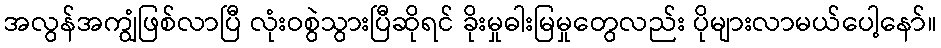
အလွန်အကျွံဖြစ်လာပြီ လုံးဝစွဲသွားပြီဆိုရင် ခိုးမှုဓါးမြမှုတွေလည်း ပိုများလာမယ်ပေါ့နော်။